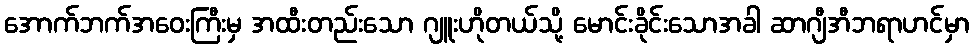
အောက်ဘက်အဝေးကြီးမှ အထီးတည်းသော ဂျူးဟိုတယ်သို့ မောင်းခိုင်းသောအခါ ဆာဂျီအီဘရာဟင်မှာ